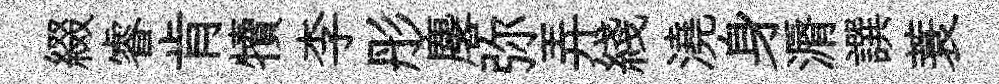
綴睿肯犢李彤麐弥弄綫澆身漘譔蓑